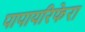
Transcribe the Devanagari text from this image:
पापायरिफेरा